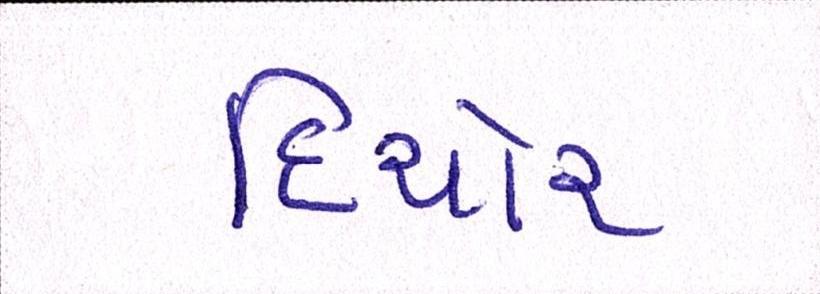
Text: દિયોરા